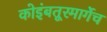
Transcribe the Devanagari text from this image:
कोइंबतूरमार्गेच